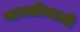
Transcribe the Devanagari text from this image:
पारलीमानी